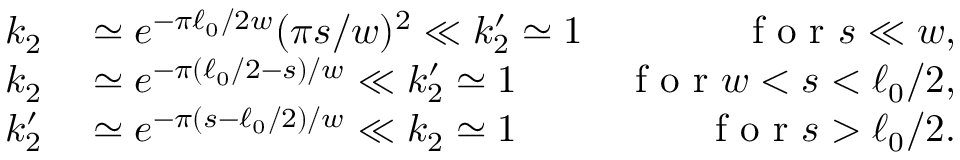
\begin{array} { r l r } { k _ { 2 } } & { { } \simeq e ^ { - \pi \ell _ { 0 } / 2 w } ( \pi s / w ) ^ { 2 } \ll k _ { 2 } ^ { \prime } \simeq 1 } & { \mathrm { ~ f ~ o ~ r ~ } s \ll w , } \\ { k _ { 2 } } & { { } \simeq e ^ { - \pi ( \ell _ { 0 } / 2 - s ) / w } \ll k _ { 2 } ^ { \prime } \simeq 1 } & { \mathrm { ~ f ~ o ~ r ~ } w < s < \ell _ { 0 } / 2 , } \\ { k _ { 2 } ^ { \prime } } & { { } \simeq e ^ { - \pi ( s - \ell _ { 0 } / 2 ) / w } \ll k _ { 2 } \simeq 1 } & { \mathrm { ~ f ~ o ~ r ~ } s > \ell _ { 0 } / 2 . } \end{array}